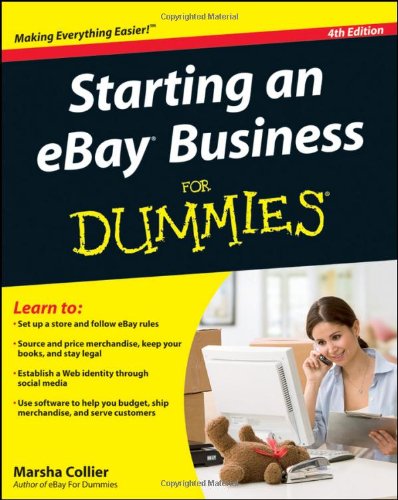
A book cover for Starting an eBay Business For Dummies; Marsha Collier; Computers & Technology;